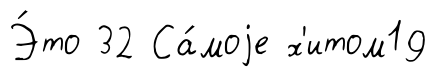
Э́то 32 Са́моjе х'итом19